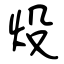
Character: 炈